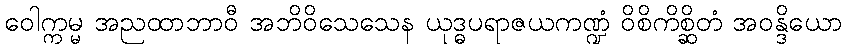
ဝေါက္ကမ္မ အညထာဘာဝီ အဘိဝိသေသေန ယုဒ္ဓပရာဇယကဏ္ဍံ ဝိစိကိစ္ဆိတံ အဝန္ဒိယော